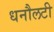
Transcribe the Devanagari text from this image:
धनौलटी